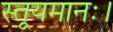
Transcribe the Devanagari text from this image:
स्तूयमानः।